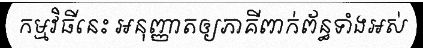
កម្មវិធីនេះ អនុញ្ញាតឲ្យភាគីពាក់ព័ន្ធទាំងអស់